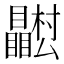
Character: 𭿴